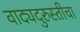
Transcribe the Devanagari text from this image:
वाद्यदुरुस्तीचा